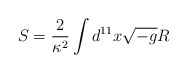
\begin{align*}S=\frac{2}{\kappa^2} \int d^{11}x \sqrt{-g} R\end{align*}